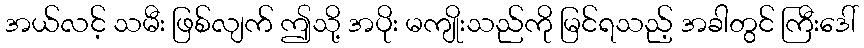
အယ်လင့် သမီး ဖြစ်လျက် ဤသို့ အပိုး မကျိုးသည်ကို မြင်ရသည့် အခါတွင် ကြီးဒေါ်